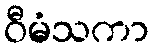
ဝီမံသကာ